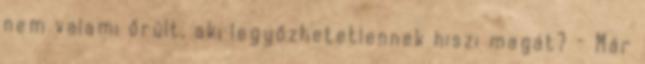
nem valami őrült, aki legyőzhetetlennek hiszi magát? - Már